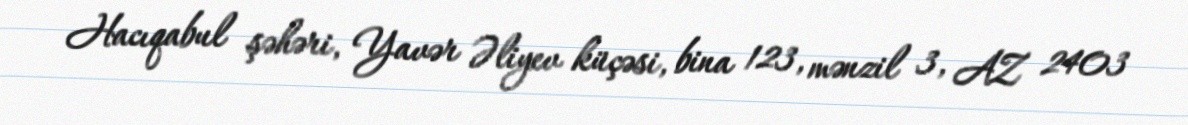
Hacıqabul şəhəri, Yavər Əliyev küçəsi, bina 123, mənzil 3, AZ 2403